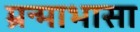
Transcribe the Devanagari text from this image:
म्रन्माभासा